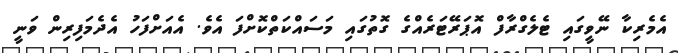
އެމެރިކާ ނޭވީގައި ޓެލެގްރާފް އޮޕަރޭޓަރެއްގެ ގޮތުގައި މަސައްކަތްކޮށްފަ އެވެ. އެއަށްފަހު އެދެމަފިރިން ވަނީ